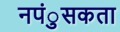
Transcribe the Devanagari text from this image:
नपंुसकता